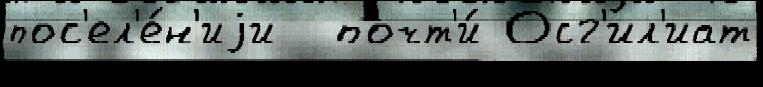
пос'ел'е́н'иjи  почт'и́ Осг'ил'иат